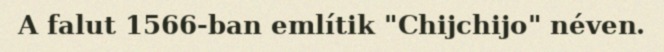
A falut 1566-ban említik "Chijchijo" néven.